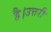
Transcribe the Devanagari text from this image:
है।उत्तरी